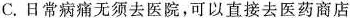
C.日常病痛无须去医院，可以直接去医药商店